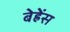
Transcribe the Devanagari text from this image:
बेह्रेंस